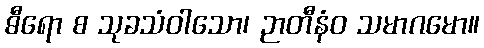
ဓီရော စ သုခသံဝါသော၊ ဉာတီနံဝ သမာဂမော။